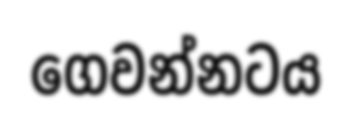
ගෙවන්නටය